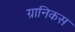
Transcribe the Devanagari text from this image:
ग्रानिकस